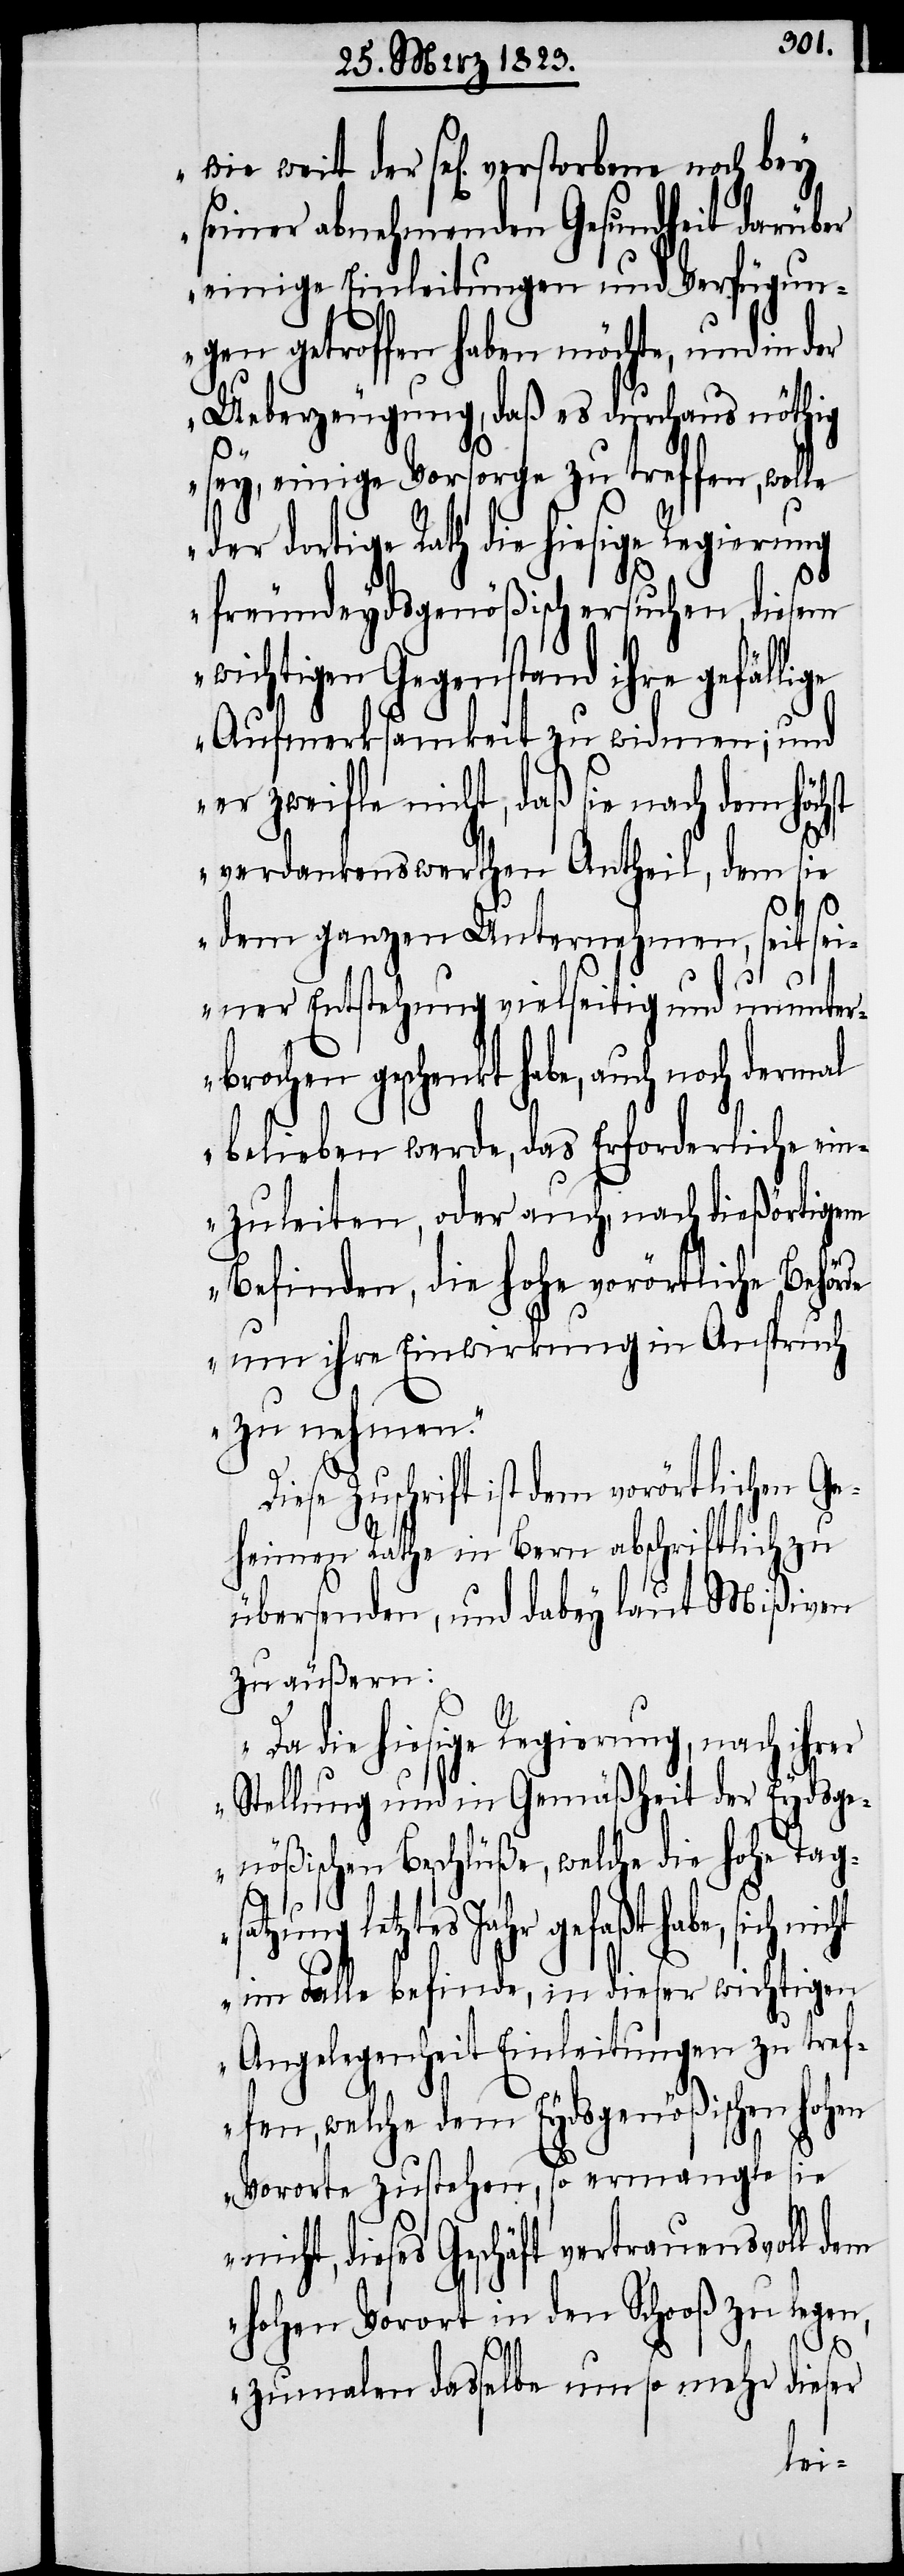
seiner abnehmenden Gesundheit darüber
einige Einleitungen und Verfügun¬
gen getroffen haben möchte, und in der
Ueberzeugung, daß es durchaus nöthig
sey, einige Vorsorge zu treffen, wolle
der dortige Rath die hiesige Regierung
freundeydsgenößisch ersuchen, diesem
wichtigen Gegenstand ihre gefällige
Aufmerksamkeit zu widmen; und
er zweifle nicht, daß sie nach dem höchst
verdankenswerthen Antheil, dem sie
dem ganzen Unternehmen, seit sei¬
ner Entstehung vielseitig und ununte¬
rbrochen geschenkt habe, auch noch
belieben werde, das Erforderliche ein¬
zuleiten, oder auch, nach dießörtigem
Befinden, die hohe vorörtliche Behör¬
de um ihre Einwirkung in Anspruch
zu nehmen.“
iese Zuschrift ist dem vorörtlichen Ge¬
heimen Rathe in Bern abschriftlich zu
übersenden, und dabey laut Mißiven
zu äußern:
„Da die hiesige Regierung, nach ihrer
Stellung und in Gemäßheit der Eydsge¬
nößischen Beschlüße, welche die hohe Tags¬
wie
atzung letztes Jahr gefaßt habe, sich
im Falle befinde, in dieser wichtigen
Angelegenheit Einleitungen zu tref¬
fen, welche dem Eydsgenößischen hohen
Vororte zustehen, so ermangle sie
nicht, dieses Geschäft vertrauensvoll dem
hohen Vorort in den Schooß zu legen,
D¬
zumalen dasselbe um so mehr dieser